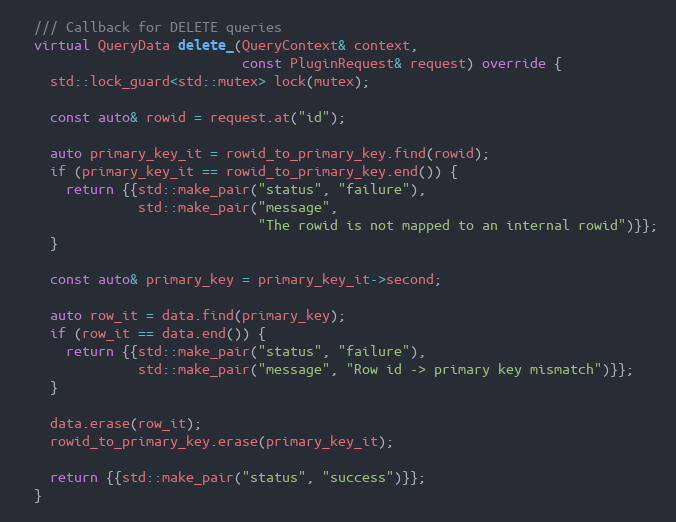
Language: C++
  /// Callback for DELETE queries
  virtual QueryData delete_(QueryContext& context,
                            const PluginRequest& request) override {
    std::lock_guard<std::mutex> lock(mutex);

    const auto& rowid = request.at("id");

    auto primary_key_it = rowid_to_primary_key.find(rowid);
    if (primary_key_it == rowid_to_primary_key.end()) {
      return {{std::make_pair("status", "failure"),
               std::make_pair("message",
                              "The rowid is not mapped to an internal rowid")}};
    }

    const auto& primary_key = primary_key_it->second;

    auto row_it = data.find(primary_key);
    if (row_it == data.end()) {
      return {{std::make_pair("status", "failure"),
               std::make_pair("message", "Row id -> primary key mismatch")}};
    }

    data.erase(row_it);
    rowid_to_primary_key.erase(primary_key_it);

    return {{std::make_pair("status", "success")}};
  }